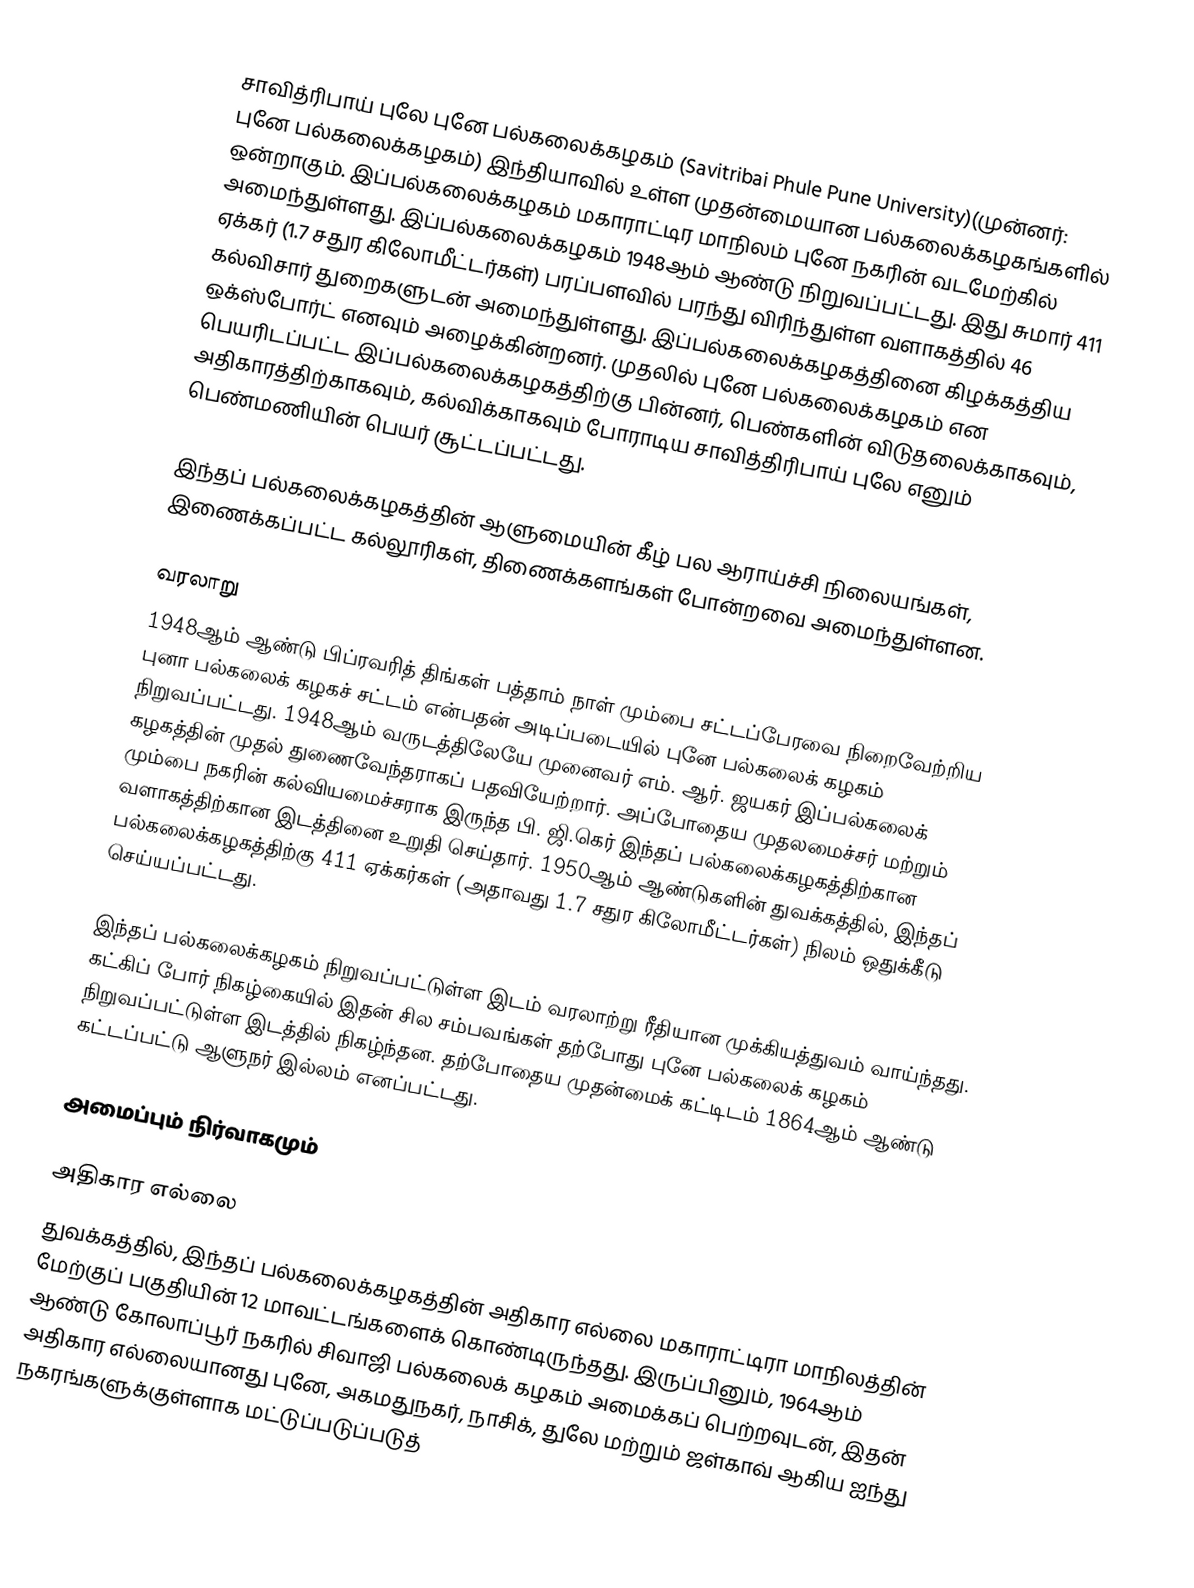
சாவித்ரிபாய் புலே புனே பல்கலைக்கழகம் (Savitribai Phule Pune University)(முன்னர்: புனே பல்கலைக்கழகம்) இந்தியாவில் உள்ள முதன்மையான பல்கலைக்கழகங்களில் ஒன்றாகும். இப்பல்கலைக்கழகம் மகாராட்டிர மாநிலம் புனே நகரின் வடமேற்கில் அமைந்துள்ளது. இப்பல்கலைக்கழகம் 1948ஆம் ஆண்டு நிறுவப்பட்டது. இது சுமார் 411 ஏக்கர் (1.7 சதுர கிலோமீட்டர்கள்) பரப்பளவில் பரந்து விரிந்துள்ள வளாகத்தில் 46 கல்விசார் துறைகளுடன் அமைந்துள்ளது. இப்பல்கலைக்கழகத்தினை கிழக்கத்திய ஒக்ஸ்போர்ட் எனவும் அழைக்கின்றனர். முதலில் புனே பல்கலைக்கழகம் என பெயரிடப்பட்ட இப்பல்கலைக்கழகத்திற்கு பின்னர், பெண்களின் விடுதலைக்காகவும், அதிகாரத்திற்காகவும், கல்விக்காகவும் போராடிய சாவித்திரிபாய் புலே எனும் பெண்மணியின் பெயர் சூட்டப்பட்டது.

இந்தப் பல்கலைக்கழகத்தின் ஆளுமையின் கீழ் பல ஆராய்ச்சி நிலையங்கள், இணைக்கப்பட்ட கல்லூரிகள், திணைக்களங்கள் போன்றவை அமைந்துள்ளன.

வரலாறு
1948ஆம் ஆண்டு பிப்ரவரித் திங்கள் பத்தாம் நாள் மும்பை சட்டப்பேரவை நிறைவேற்றிய புனா பல்கலைக் கழகச் சட்டம் என்பதன் அடிப்படையில் புனே பல்கலைக் கழகம் நிறுவப்பட்டது. 1948ஆம் வருடத்திலேயே முனைவர் எம். ஆர். ஜயகர் இப்பல்கலைக் கழகத்தின் முதல் துணைவேந்தராகப் பதவியேற்றார். அப்போதைய முதலமைச்சர் மற்றும் மும்பை நகரின் கல்வியமைச்சராக இருந்த பி. ஜி.கெர் இந்தப் பல்கலைக்கழகத்திற்கான வளாகத்திற்கான இடத்தினை உறுதி செய்தார். 1950ஆம் ஆண்டுகளின் துவக்கத்தில், இந்தப் பல்கலைக்கழகத்திற்கு 411 ஏக்கர்கள் (அதாவது 1.7 சதுர கிலோமீட்டர்கள்) நிலம் ஒதுக்கீடு செய்யப்பட்டது.

இந்தப் பல்கலைக்கழகம் நிறுவப்பட்டுள்ள இடம் வரலாற்று ரீதியான முக்கியத்துவம் வாய்ந்தது. கட்கிப் போர் நிகழ்கையில் இதன் சில சம்பவங்கள் தற்போது புனே பல்கலைக் கழகம் நிறுவப்பட்டுள்ள இடத்தில் நிகழ்ந்தன. தற்போதைய முதன்மைக் கட்டிடம் 1864ஆம் ஆண்டு கட்டப்பட்டு ஆளுநர் இல்லம் எனப்பட்டது.

அமைப்பும் நிர்வாகமும்

அதிகார எல்லை
துவக்கத்தில், இந்தப் பல்கலைக்கழகத்தின் அதிகார எல்லை மகாராட்டிரா மாநிலத்தின் மேற்குப் பகுதியின் 12 மாவட்டங்களைக் கொண்டிருந்தது. இருப்பினும், 1964ஆம் ஆண்டு கோலாப்பூர் நகரில் சிவாஜி பல்கலைக் கழகம் அமைக்கப் பெற்றவுடன், இதன் அதிகார எல்லையானது புனே, அகமதுநகர், நாசிக், துலே மற்றும் ஜள்காவ் ஆகிய ஐந்து நகரங்களுக்குள்ளாக மட்டுப்படுப்படுத்